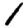
Digit: 1